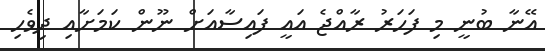
އޭނާ ބުނީ މި ފަހަރު ރާއްޖެ އައީ ފައިސާއަށް ނޫން ކަމަށާއި ދިވެހި